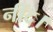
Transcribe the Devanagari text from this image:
नींद।